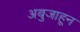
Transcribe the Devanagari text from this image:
अबुजाहून